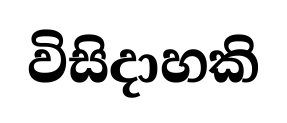
විසිදාහකි